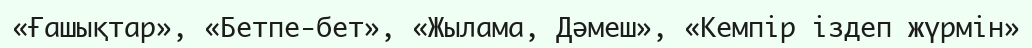
«Ғашықтар», «Бетпе-бет», «Жылама, Дәмеш», «Кемпір іздеп жүрмін»